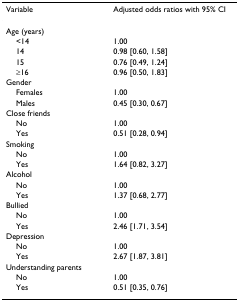
<table><thead><tr><td><b>Variable</b></td><td><b>Adjusted odds ratios with 95% CI</b></td></tr></thead><tbody><tr><td>Age (years)</td><td></td></tr><tr><td> &lt;14</td><td>1.00</td></tr><tr><td> 14</td><td>0.98 [0.60, 1.58]</td></tr><tr><td> 15</td><td>0.76 [0.49, 1.24]</td></tr><tr><td> ≥16</td><td>0.96 [0.50, 1.83]</td></tr><tr><td>Gender</td><td></td></tr><tr><td> Females</td><td>1.00</td></tr><tr><td> Males</td><td>0.45 [0.30, 0.67]</td></tr><tr><td>Close friends</td><td></td></tr><tr><td> No</td><td>1.00</td></tr><tr><td> Yes</td><td>0.51 [0.28, 0.94]</td></tr><tr><td>Smoking</td><td></td></tr><tr><td> No</td><td>1.00</td></tr><tr><td> Yes</td><td>1.64 [0.82, 3.27]</td></tr><tr><td>Alcohol</td><td></td></tr><tr><td> No</td><td>1.00</td></tr><tr><td> Yes</td><td>1.37 [0.68, 2.77]</td></tr><tr><td>Bullied</td><td></td></tr><tr><td> No</td><td>1.00</td></tr><tr><td> Yes</td><td>2.46 [1.71, 3.54]</td></tr><tr><td>Depression</td><td></td></tr><tr><td> No</td><td>1.00</td></tr><tr><td> Yes</td><td>2.67 [1.87, 3.81]</td></tr><tr><td>Understanding parents</td><td></td></tr><tr><td> No</td><td>1.00</td></tr><tr><td> Yes</td><td>0.51 [0.35, 0.76]</td></tr></tbody></table>